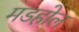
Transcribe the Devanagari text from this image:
मडहोल